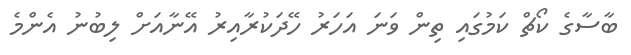
ބާސާގެ ކޯޗް ކަމުގައި ތިން ވަނަ އަހަރު ހޭދަކުރާއިރު އޭނާއަށް ލިބުނު އެންމެ